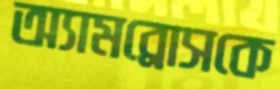
অ্যামব্রোসকে